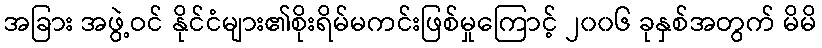
အခြား အဖွဲ့ဝင် နိုင်ငံများ၏စိုးရိမ်မကင်းဖြစ်မှုကြောင့် ၂၀၀၆ ခုနှစ်အတွက် မိမိ